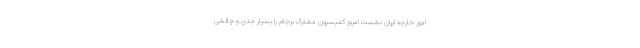
امور خارجه ایران نشست امروز کمیسیون مشترک برجام را بسیار جدی و چالشی